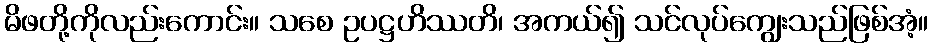
မိဖတို့ကိုလည်းကောင်း။ သစေ ဥပဋ္ဌဟိဿတိ၊ အကယ်၍ သင်လုပ်ကျွေးသည်ဖြစ်အံ့။